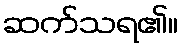
ဆက်သရ၏။